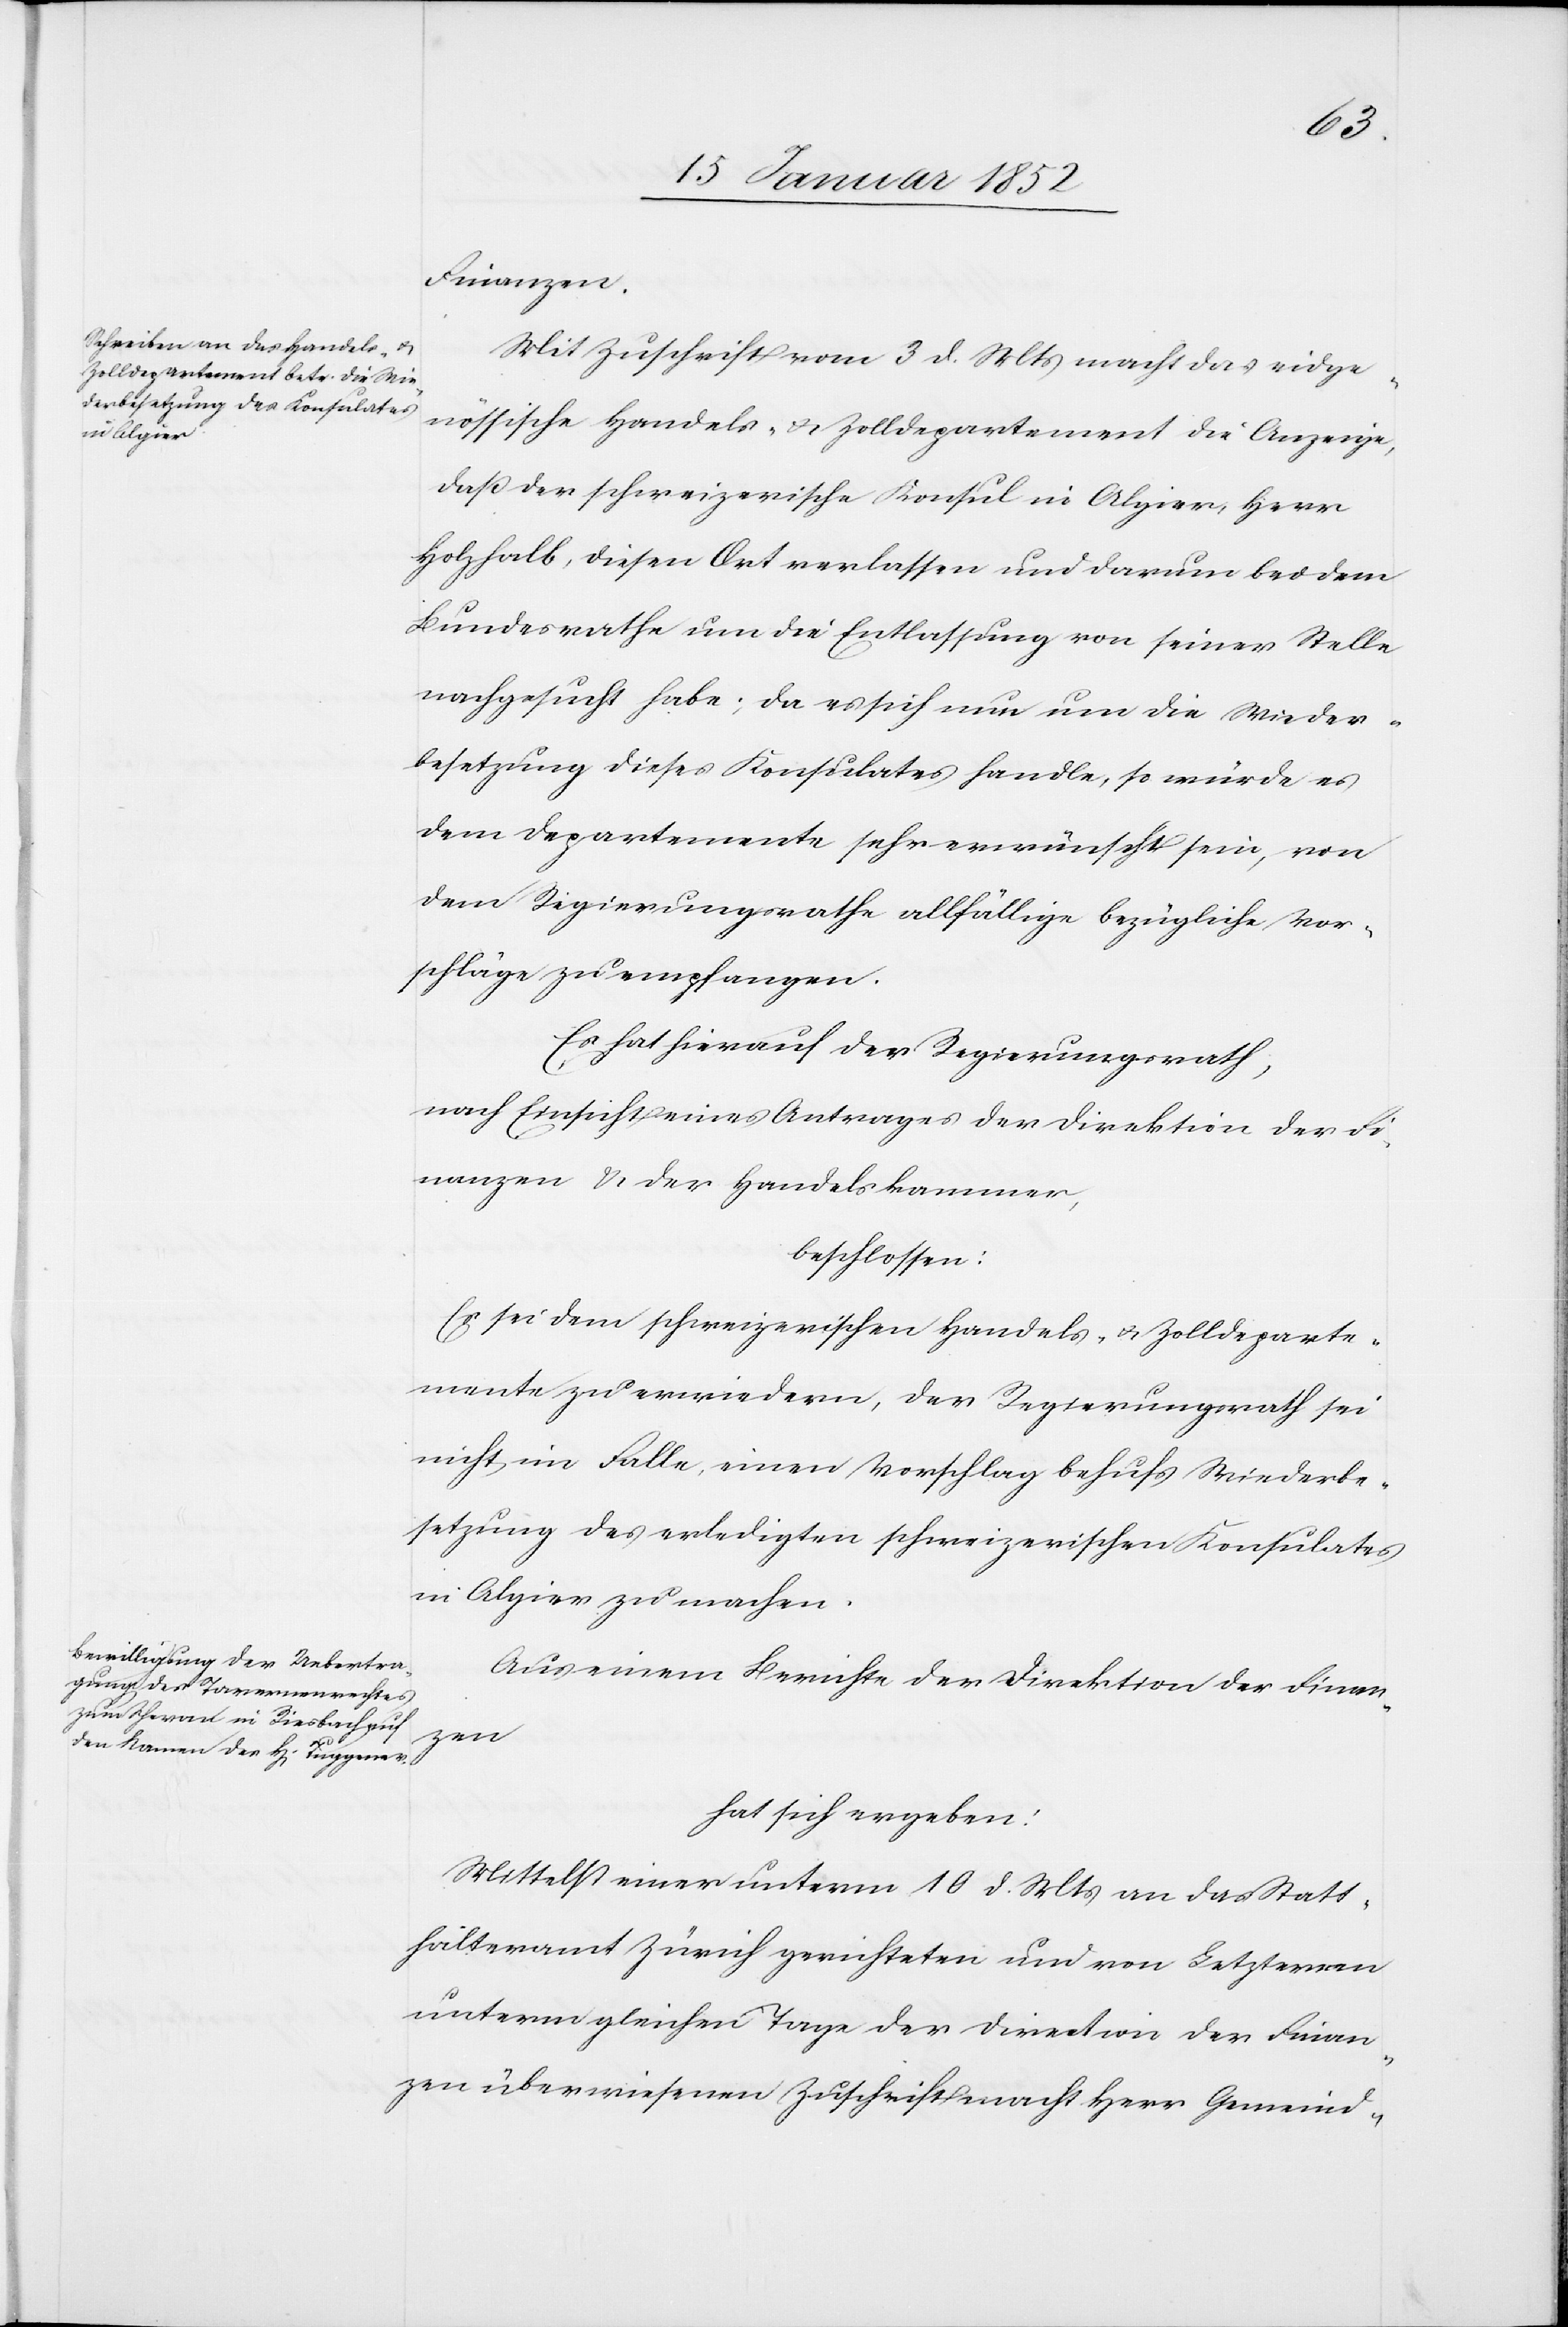
Finanzen.
Mit Zuschrift vom 3 d. Mts macht das eidge¬
nössische Handels- u. Zolldepartement die Anzeige,
daß der schweizerische Konsul in Algier, Herr
Holzhalb, diesen Ort verlassen und darum bei dem
Bundesrathe um die Entlassung von seiner Stelle
nachgesucht habe; da es sich nur um die Wieder¬
besetzung dieses Konsulates handle, so würde es
dem Departemente sehr erwünscht sein, von
dem Regierungsrathe allfällige bezügliche Vor¬
schläge zu empfangen.
Es hat hierauf der Regierungsrath,
nach Einsicht eines Antrages der Direktion der Fi¬
nanzen u. der Handelskammer,
beschlossen:
Es sei dem schweizerischen Handels- u. Zolldeparte¬
ment zu erwiedern, der Regierungsrath sei
nicht im Falle einen Vorschlag behufs Wiederbe¬
setzung des erledigten schweizerischen Konsulates
in Algier zu machen.
Aus einem Berichte der Direktion der Finan¬
zen
hat sich ergeben:
Mittelst einer unterm 10 d. Mts an das Statt¬
halteramt Zürich gerichteten und von Letzterem
unterm gleichen Tage der Direction der Finan¬
zen überwiesenen Zuschrift macht Herr Gemeind-